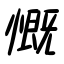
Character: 慨